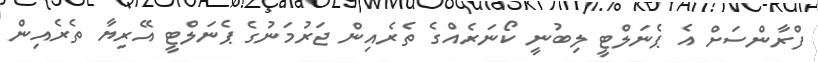
ފްރާންސަށް އެ ޕެނަލްޓީ ލިބުނީ ކޯނަރެއްގެ ތެރެއިން ޖަރުމަނުގެ ޕެނަލްޓީ އޭރިޔާ ތެރެއިން